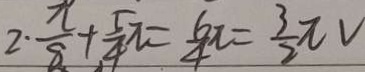
2 \cdot \frac { \pi } { 8 } + \frac { 5 } { 4 } \pi = \frac { 6 } { 4 } \pi = \frac { 3 } { 2 } \pi V